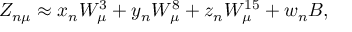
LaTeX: Z _ { n \mu } \approx x _ { n } W _ { \mu } ^ { 3 } + y _ { n } W _ { \mu } ^ { 8 } + z _ { n } W _ { \mu } ^ { 1 5 } + w _ { n } B ,